Leprosy in India: report of the Leprosy Commission in India, 1890-91
Year: 1890
Disease focus: Leprosy
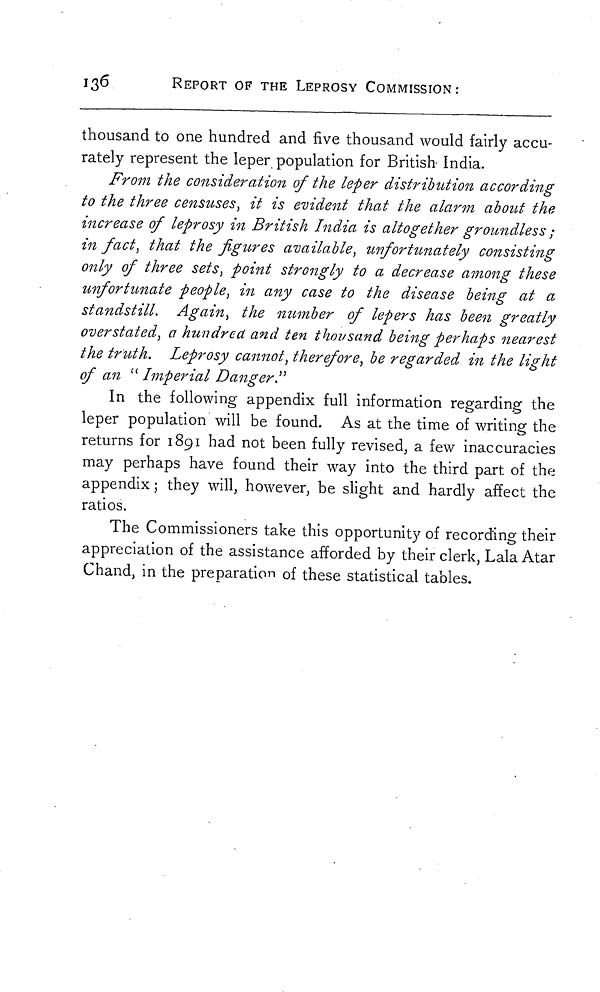
136
REPORT OF THE LEPROSY COMMISSION:
thousand to one hundred and five thousand would fairly accu-
rately represent the leper population for British India.
From the consideration of the leper distribution according
to the three censuses, it is evident that the alarm about the
increase of leprosy in British India is altogether groundless ;
in fact, that the figures available, unfortunately consisting
only of three sets, point strongly to a decrease among these
unfortunate people, in any case to the disease being at a
standstill.
Again, the number of lepers has been greatly
overstated, a hundred and ten thousand being perhaps nearest
the truth. Leprosy cannot, therefore, be regarded in the light
of an " Imperial Danger."
In the following appendix full information regarding the
leper population will be found. As at the time of writing the
returns for 1891 had not been fully revised, a few inaccuracies
may perhaps have found their way into the third part of the
appendix ; they will, however, be slight and hardly affect the
ratios.
The Commissioners take this opportunity of recording their
appreciation of the assistance afforded by their clerk, Lala Atar
Chand, in the preparation of these statistical tables.